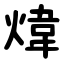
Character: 煒